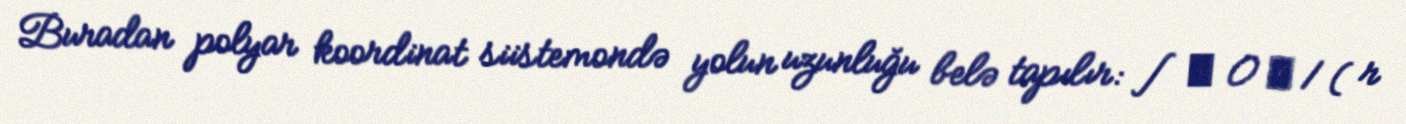
Buradan polyar koordinat siistemondə yolun uzunluğu belə tapılır: ∫ φ 0 φ 1 ( r